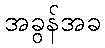
အခွန်အခ